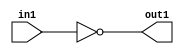
`timescale 1ps / 1ps
/*****************************************************************************
    Verilog RTL Description
    
    Generated at: 23:12:24 CST (+0800), Saturday 16 November 2019
    Generated on: ic58.cs.nthu.edu.tw
    Generated by: mc03 ()
    
    Created by: Stratus DpOpt 2017.1.02 
    Copyright (c) 2014-2015 Cadence Design Systems. All rights reserved worldwide.
    
    Cadence Design Systems proprietary and confidential
    ===================================================
    
    May contain information that incorporates Cadence Design Systems CellMath
    and other inventions claimed in Pending U.S. Patents.
    
    May contain Cadence Design Systems Trade Secrets of which use, disclosure or
    reproduction is contractually restricted or prohibited.  For more
    information, contact your legal department before any use, disclosure or
    reproduction.
*******************************************************************************/

module SobelFilter_NotBit_1U_6_4 (
	in1,
	out1
	); /* architecture "behavioural" */ 
input  in1;
output  out1;
wire  asc001;

assign asc001 = 
	((~in1));

assign out1 = asc001;
endmodule

/* CADENCE  urT5Qgs= : u9/ySgnYtBlWxVDRUQkU4ug= ** DO NOT EDIT THIS LINE ******/